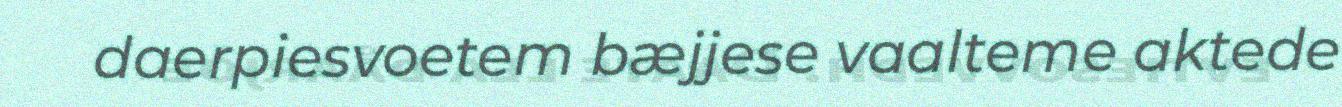
daerpiesvoetem bæjjese vaalteme aktede